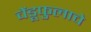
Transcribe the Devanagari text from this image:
चेंडूफुलाचे